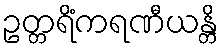
ဥတ္တရိံကရဏီယန္တိ